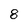
Character: 8